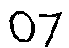
07